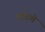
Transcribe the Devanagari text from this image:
माँडणे